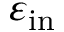
\varepsilon _ { \mathrm { i n } }